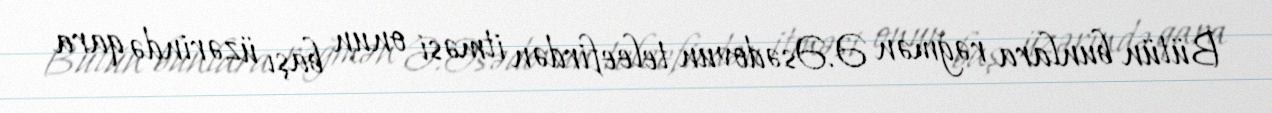
Bütün bunlara rəğmən Ə.Əsədovun teleefirdən itməsi onun başı üzərində qara